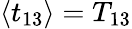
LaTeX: \langle{t_{13}}\rangle{}=T_{13}